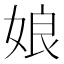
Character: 娘